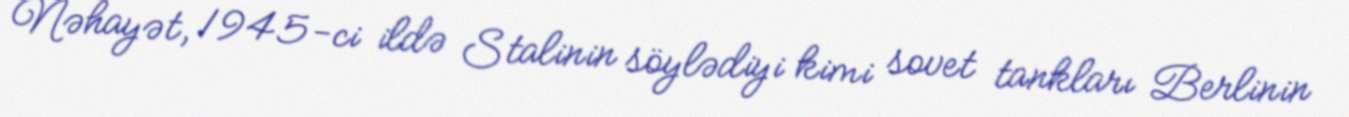
Nəhayət, 1945-ci ildə Stalinin söylədiyi kimi sovet tankları Berlinin